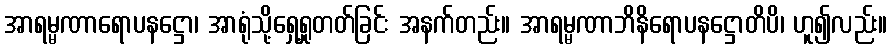
အာရမ္မဏာရောပနဋ္ဌော၊ အာရုံသို့ရှေ့ရှုတတ်ခြင်း အနက်တည်း။ အာရမ္မဏာဘိနိရောပနဋ္ဌောတိပိ၊ ဟူ၍လည်း။